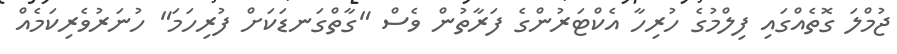
ޖުމްލަ ގޮތެއްގައި ފިލްމުގެ ހުރިހާ އެކްޓަރުންގެ ފަރާތުން ވެސް "ގާތްގަނޑަކަށް ފުރިހަމަ" ހުނަރުވެރިކަމެއް